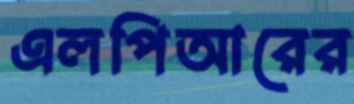
এলপিআরের